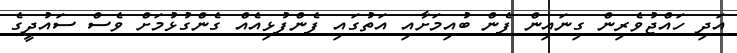
އަދި ހައްޖުވެރިން ގިނައިން ފެން ބުއިމަށާއި އަތުގައި ފެންފުޅިއެއް ގެންގުޅުމަށް ވެސް ސައުދީގެ